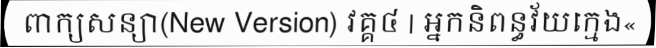
ពាក្យសន្យា(New Version) វគ្គ៤ | អ្នកនិពន្ធវ័យក្មេង«